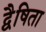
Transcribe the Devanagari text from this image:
द्वैषिता